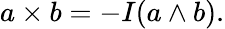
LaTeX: a\times b=-I(a\wedge b).